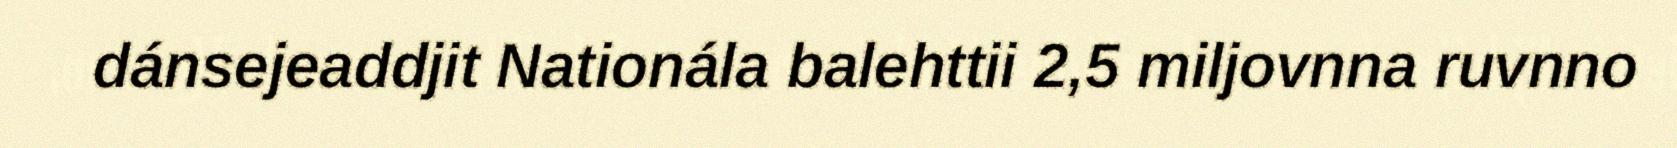
dánsejeaddjit Nationála balehttii 2,5 miljovnna ruvnno